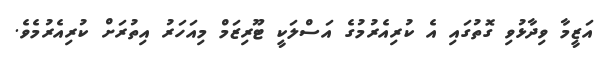
އަޒީމާ ވިދާޅުވި ގޮތުގައި އެ ކުރިއެރުމުގެ އަސްލަކީ ޓޫރިޒަމް މިއަހަރު އިތުރަށް ކުރިއެރުމެވެ.